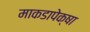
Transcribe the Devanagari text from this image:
माकडापेक्षा